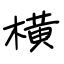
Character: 横